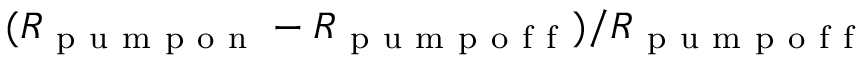
( R _ { \mathrm { ~ p ~ u ~ m ~ p ~ o ~ n ~ } } - R _ { \mathrm { ~ p ~ u ~ m ~ p ~ o ~ f ~ f ~ } } ) / R _ { \mathrm { ~ p ~ u ~ m ~ p ~ o ~ f ~ f ~ } }